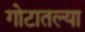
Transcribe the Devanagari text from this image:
गोटातल्या